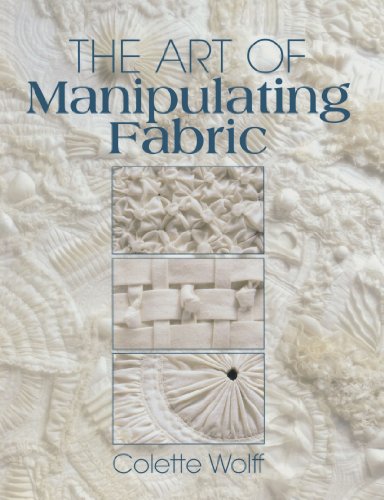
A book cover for The Art of Manipulating Fabric; Colette Wolff; Crafts, Hobbies & Home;